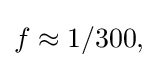
{\textstyle f\approx 1/300,}